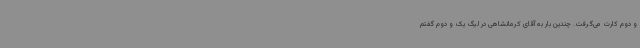
و دوم کارت می‌گرفت. چندین بار به آقای کرمانشاهی در لیگ یک و دوم گفتم